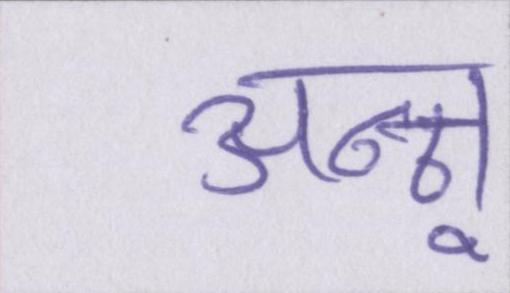
अन्नू